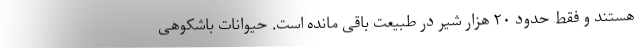
هستند و فقط حدود ۲۰ هزار شیر در طبیعت باقی مانده است. حیوانات باشکوهی